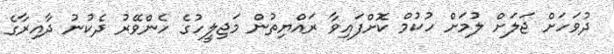
ދުވަހަށް ޖަލަށް ލުމަށް ހުކުމް ކޮށްފައިވާ ރައްޔިތުން މަޖިލީހުގެ ހެންވޭރު ދެކުނު ދާއިރާގެ